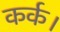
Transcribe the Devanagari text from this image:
कर्क।